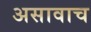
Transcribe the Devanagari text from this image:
असावाच